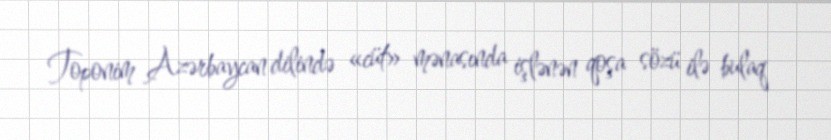
Toponim Azərbaycan dilində «cüt» mənasında işlənən qoşa sözü ilə bulaq